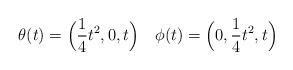
LaTeX: \begin{align*} \theta(t)=\Bigl(\frac 14 t^2,0,t\Bigr)\quad \phi(t)=\Bigl(0,\frac 14 t^2,t\Bigr)\end{align*}